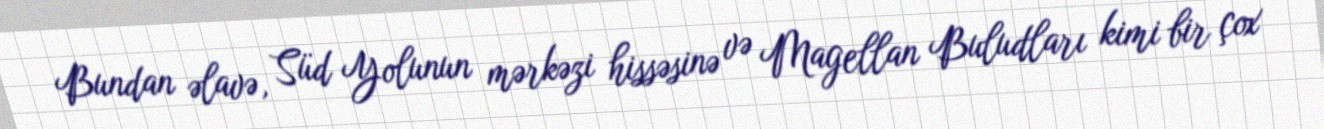
Bundan əlavə, Süd Yolunun mərkəzi hissəsinə və Magellan Buludları kimi bir çox